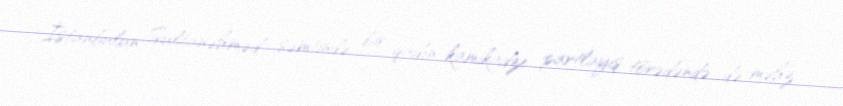
İstanbulun Sultanəhməd səmtində bir qadın kamikadze partlayış törədəndə də məhz